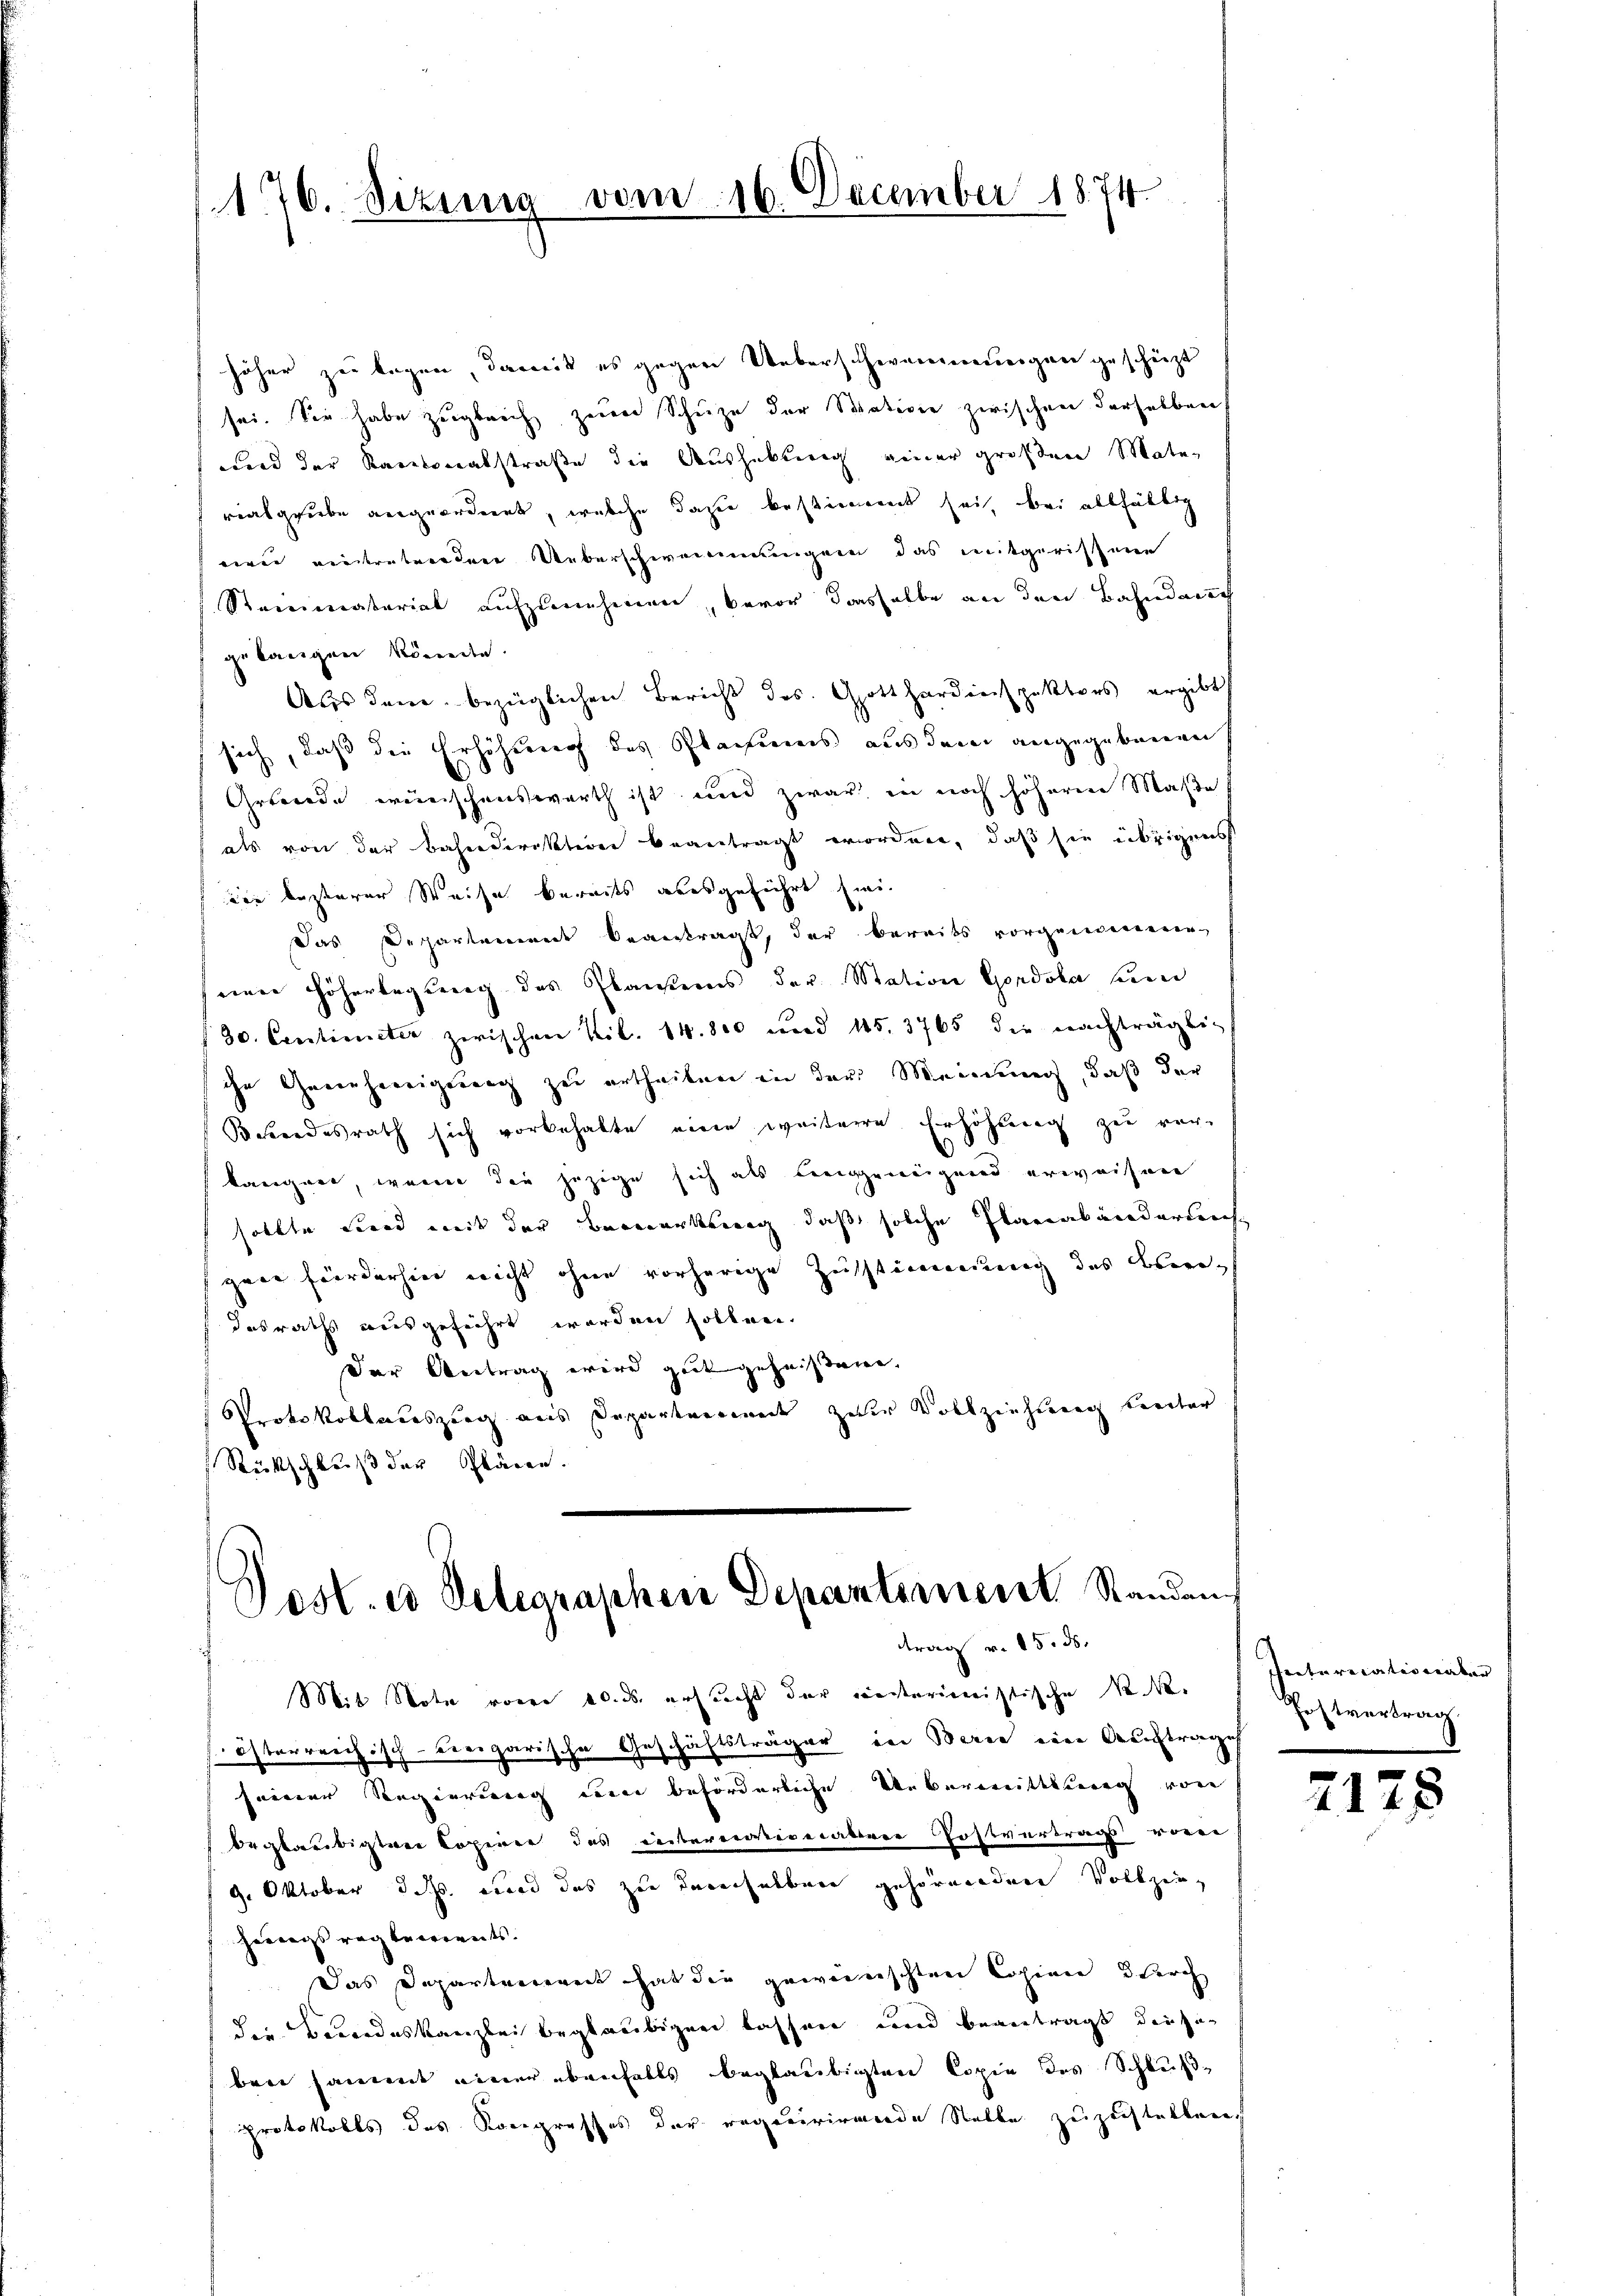
176. Sizung

vom 16. December 1874.

höher zu legen, damit es gegen Ueberschwemmungen geschüzt
sei. Sie habe zugleich zum Schutze der Motivie zwischen derselben,
wird der Kantonalstraße die Aushaltung einer großen Mater
rialgrube angeordnent, welche dazu bestimmt sei, bei allfällig
eien eintretenden Ueberschwemmungen das mitgerissene
Reimaterial aufzunehmen, bevor dasselbe an den Bahnderech
gebangen könnerte.
Aus dene bezüglichen Bericht des Gotthardinspektors ergibt
sich, daß die Erhöhung des Plaifens aus deren angegebenen
Gruende wünschenswerth ist und zwar in noch höheren Maße
als von der Bahndirektion beantragt worden, daß sie übrigens
wir besterer Weise bereits ausgeführt sie.
Das Departement beantragt, der bereits vorgenomene
seiner Höherbegieng des Plankenes der Mation Gondola hund
/30. Centieneter zwischen Kil. 14. 800 und 145. 3765 die nachträglic
che Genehmigung zu ertheilen in der Meinung, daß der
Besondesrath sich vorbehalte eine weitere Erhöhung zu ver-
kangner, wenn die jezige sich als Leigeneigend erweisen
sollte Ferd mit der Bemerkung, daß solche Planabänderliche
gane förderhin nicht ohne vorherige Zustimmung des Beradesraths ausgeführt worden sollen.
Der Vertrag wird gut geheißene,
Protokollauszug aus Departenweit zur Vollziehung treiter
Rückschluß der Plänen.

Post. es Delegraphen Departement Standen
trag v. 15. ds.

Mit Note vom 10. ds. ersucht der misterimistische Nik.
österreichisch-eigarische Geschäftsträger in Berne eine Auftrag
seiner Regierung um beförderliche Uebermittlung von
beglaubigter Coperer des intervationalerer Postvertrags von
9. Oktober dass wird das zu Berechelbare gehörenden Vollzieherungsreglements.
Das Departenereit hat die geweinschten Lohinen durch
die Bundeskanzlei beglaubigen lassen und beantragt diesen
ben sammt einer ebenfalls beglaubigten Copie des Schlußprotokolls das Kongresses der requirirmorde Nelle zuzustellen

Internation aber
Frstvertrag.

2125